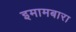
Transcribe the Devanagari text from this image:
इमामबारा